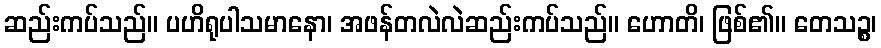
ဆည်းကပ်သည်။ ပဟိရုပါသမာနော၊ အဖန်တလဲလဲဆည်းကပ်သည်။ ဟောတိ၊ ဖြစ်၏။ တေသဉ္စ၊